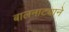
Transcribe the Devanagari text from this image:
बालनाट्याने